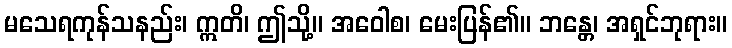
မသေရကုန်သနည်း၊ ဣတိ၊ ဤသို့။ အဝေါစ၊ မေးပြန်၏။ ဘန္တေ၊ အရှင်ဘုရား။